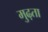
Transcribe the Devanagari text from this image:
मुढ़ता